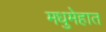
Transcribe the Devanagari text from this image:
मधुमेहात